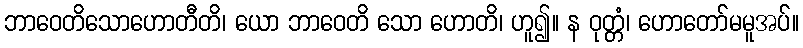
ဘာဝေတိသောဟောတီတိ၊ ယော ဘာဝေတိ သော ဟောတိ၊ ဟူ၍။ န ဝုတ္တံ၊ ဟောတော်မမူအပ်။